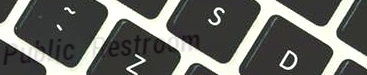
Public Restroom